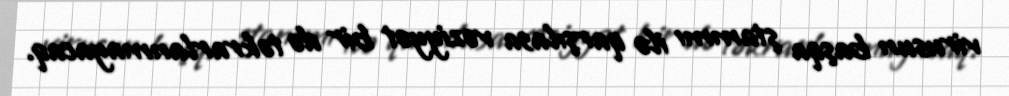
virusun başqa ştammı ilə qarşılasa vəziyyət bir də təkrarlanmayacaq.